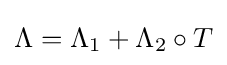
\Lambda =\Lambda _{1}+\Lambda _{2}\circ T